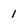
Character: 1